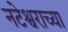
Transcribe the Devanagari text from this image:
नटेश्वराच्या